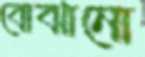
বোঝানো